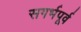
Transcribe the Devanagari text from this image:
सगर्भपूर्व